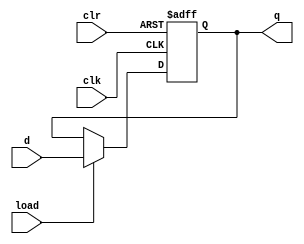
`timescale 1ns / 1ps
//////////////////////////////////////////////////////////////////////////////////
// Company: 
// Engineer: 
// 
// Design Name: 
// Module Name:    register 
// Project Name: 
// Target Devices: 
// Tool versions: 
// Description: 
//
// Dependencies: 
//
// Revision: 
// Revision 0.01 - File Created
// Additional Comments: 
//
//////////////////////////////////////////////////////////////////////////////////
module register
  #(parameter N = 8)
   (input wire load,
    input wire clk,
    input wire clr,
    input wire [N-1:0] d,
    output reg [N-1:0] q);

   always @(posedge clk or posedge clr)
     if (clr == 1)
       q <= 0;
     else if (load == 1)
       q <= d;

endmodule